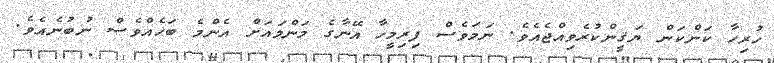
ހުރިހާ ކަންކަން ޔަޤީންކުރެވިއްޖެއެވެ. ނަމަވެސް ފިރިމީހާ އޭނާގެ މަންމައަށް އެންމެ ބަހެއްވެސް ނުބުނެއެވެ.